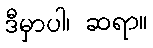
ဒီမှာပါ၊ ဆရာ။